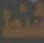
شنط